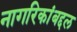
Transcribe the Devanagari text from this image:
नागरिकांबद्दल